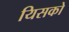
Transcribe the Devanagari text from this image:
यिसको